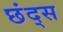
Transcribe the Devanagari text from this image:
छंद्स